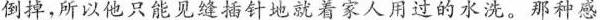
倒掉，所以他只能见缝插针地就着家人用过的水洗。那种感